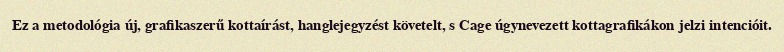
Ez a metodológia új, grafikaszerű kottaírást, hanglejegyzést követelt, s Cage úgynevezett kottagrafikákon jelzi intencióit.